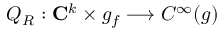
Q _ { R } : { \bf C } ^ { k } \times g _ { f } \longrightarrow C ^ { \infty } ( g )